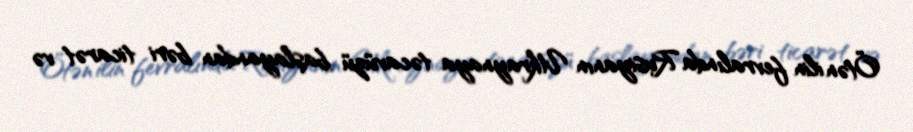
Ötən ilin fevralında Rusiyanın Ukraynaya təcavüzü başlayandan bəri ticarət və